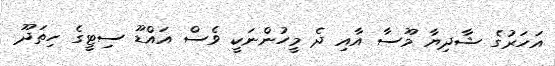
އަހަރުގެ ޝާދިޔާ މޫސާ އާއި ދެ މީހުންނަކީ ވެސް އައްޑޫ ސިޓީގެ ހިތަދޫ